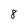
Character: 8